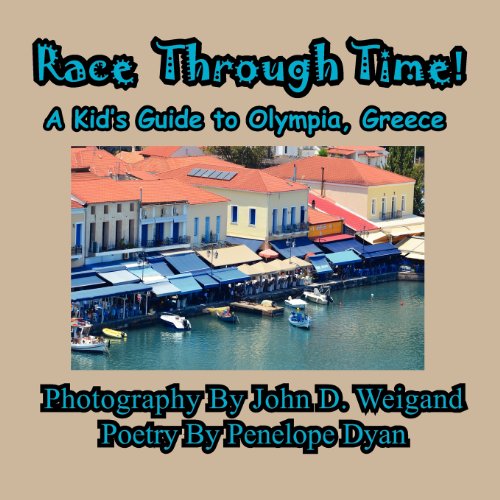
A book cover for Race Through Time! Kid's Guide to Olympia, Greece; Penelope Dyan; Children's Books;